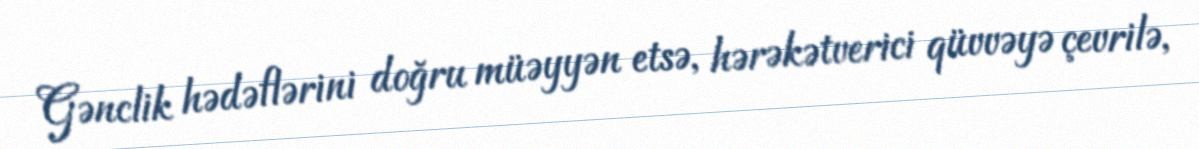
Gənclik hədəflərini doğru müəyyən etsə, hərəkətverici qüvvəyə çevrilə,